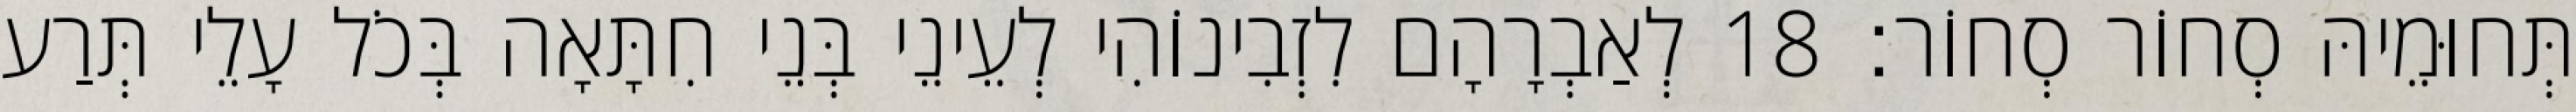
תְּחוּמֵיהּ סְחוֹר סְחוֹר׃ 18 לְאַבְרָהָם לִזְבִינוֹהִי לְעֵינֵי בְּנֵי חִתָּאָה בְּכֹל עָלֵי תְּרַע